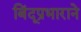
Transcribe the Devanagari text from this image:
बिंदूप्रभाराने